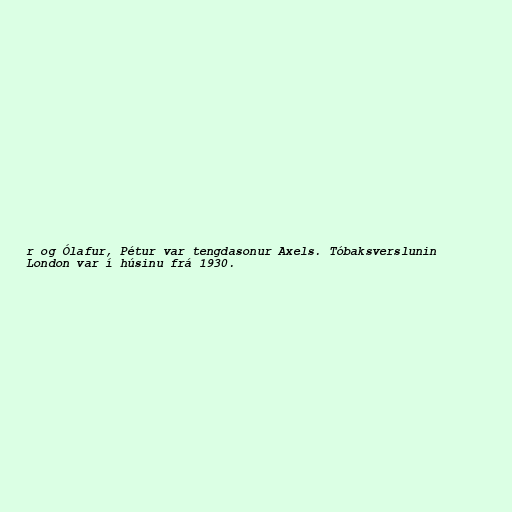
r og Ólafur, Pétur var tengdasonur Axels. Tóbaksverslunin
London var í húsinu frá 1930.